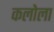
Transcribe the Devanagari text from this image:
कलोला